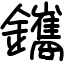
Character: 鑴